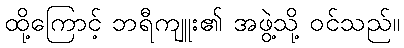
ထို့ကြောင့် ဘရီကျူး၏ အဖွဲ့သို့ ဝင်သည်။